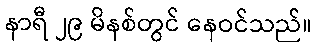
နာရီ ၂၉ မိနစ်တွင် နေဝင်သည်။